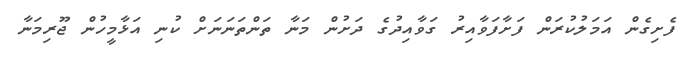
ފެށިގެން އަމަލުކުރަން ފަށާފަވާއިރު ގަވާއިދުގެ ދަށުން މަނާ ތަންތަނަނަށް ކުނި އަޅާމީހުން ޖޫރިމަނާ